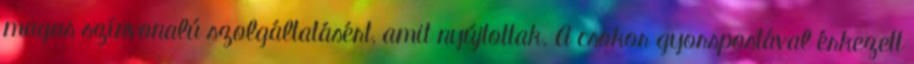
magas színvonalú szolgáltatásért, amit nyújtottak. A csokor gyorspostával érkezett